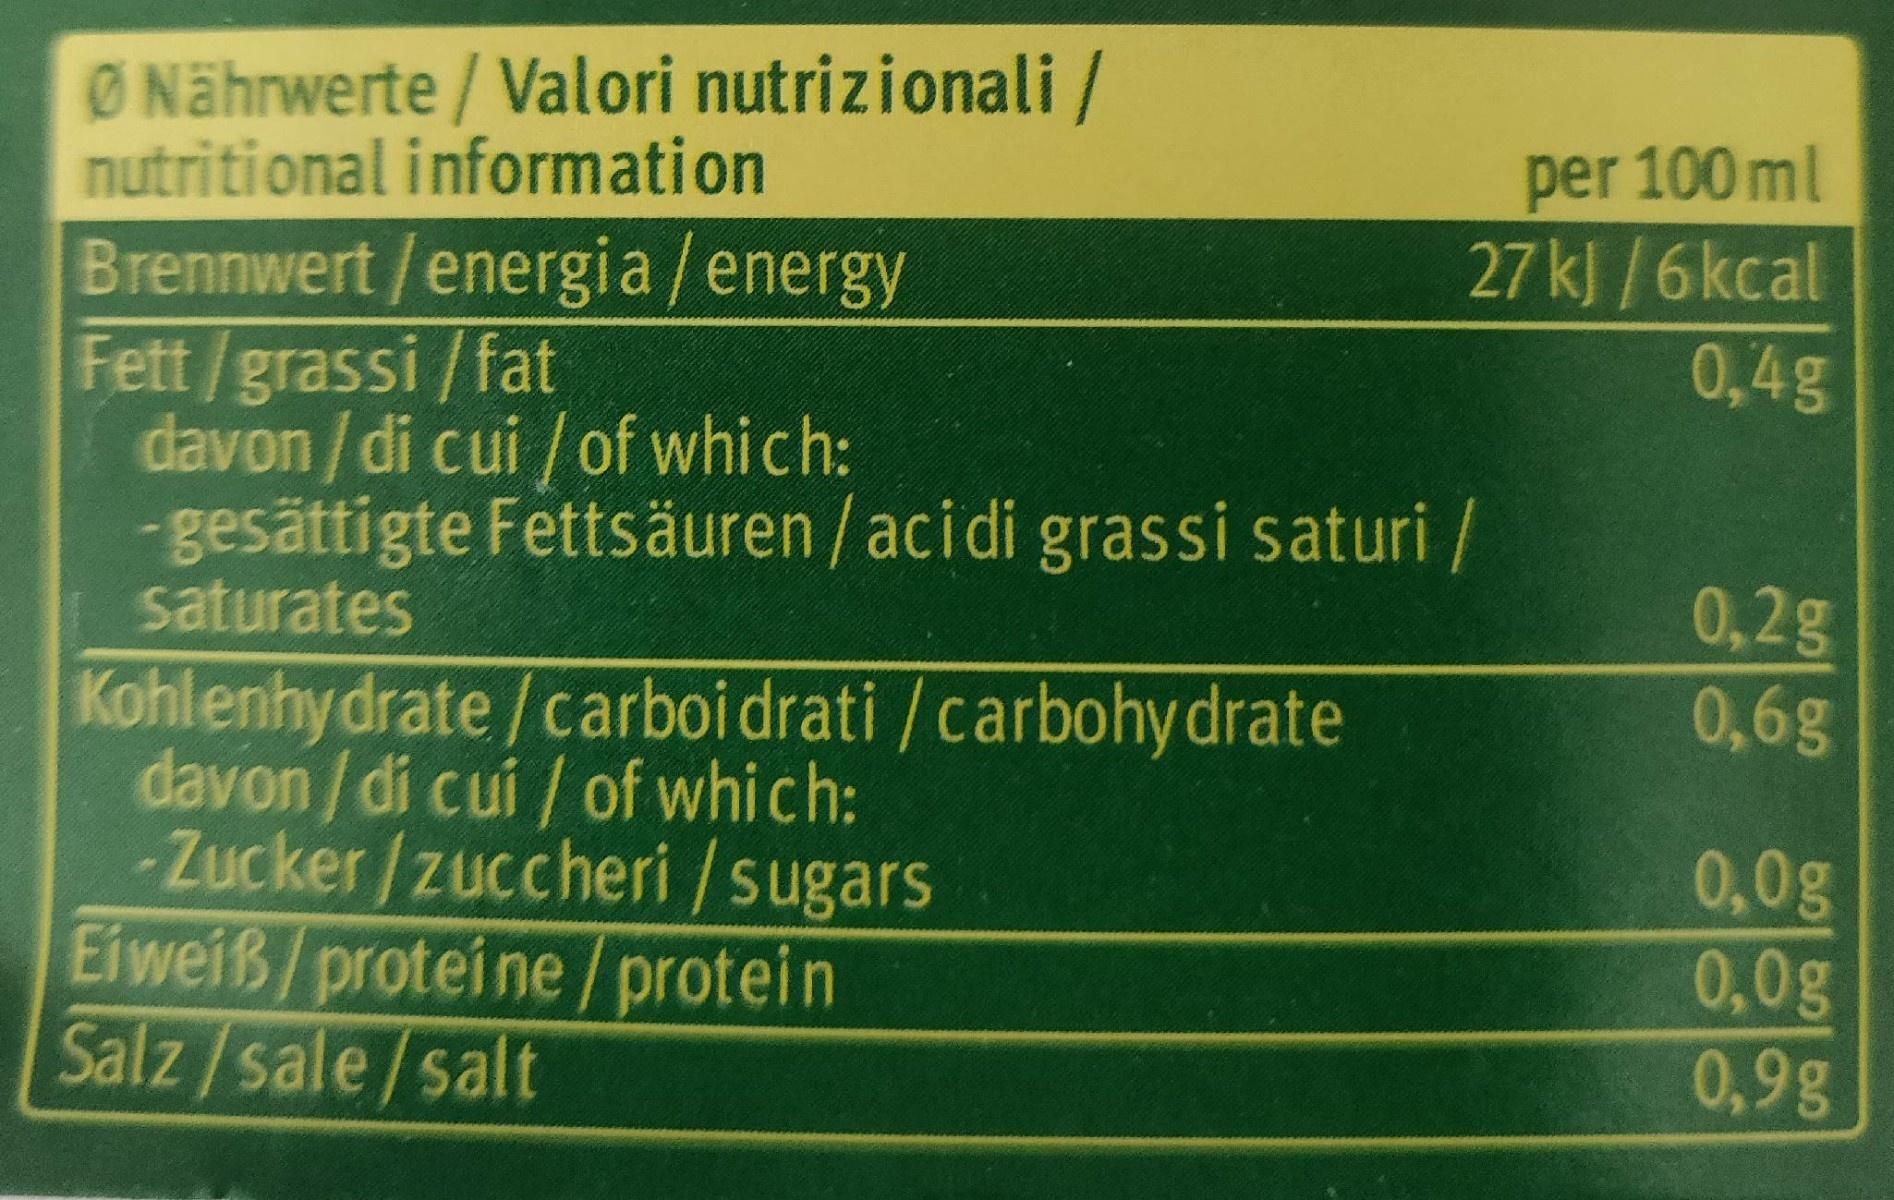
ØNährwerte / Valori nutrizionali / nutritional information
per 100ml 27 kJ /6kcal
Brennwert /energia /energy Fett/grassi/fat davon/di cui / of whi ch: -gesättigte Fettsäuren /acidi grassi saturi / saturates
0,4g
0,2g 0,6g
Kohlenhy drate/carboi drati /carbohy drate davon / di cui / of which: Zucker/zuccheri /sugars Eiweiß/proteine /protein Salz /sale/salt
0,0g 0,0g 0,9g